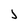
Character: J